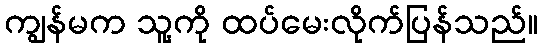
ကျွန်မက သူ့ကို ထပ်မေးလိုက်ပြန်သည်။